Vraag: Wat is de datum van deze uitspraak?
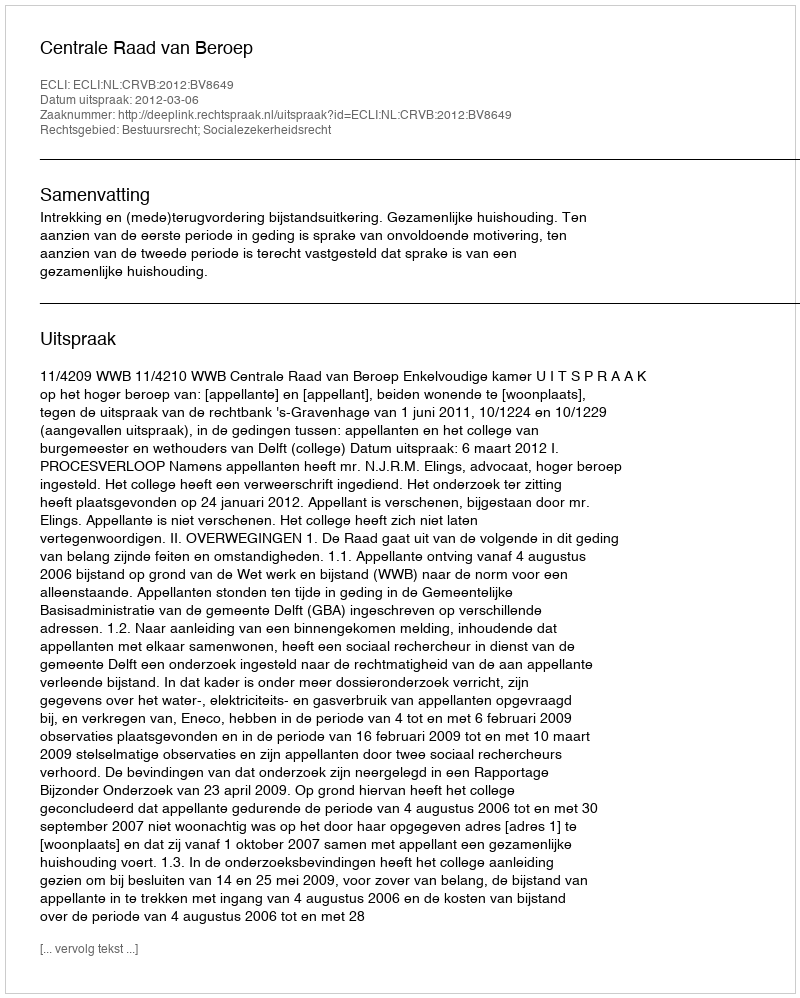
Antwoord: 2012-03-06